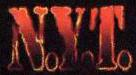
N.Y.T.